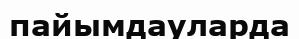
пайымдауларда